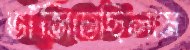
ভাঁজিতেছিলাম